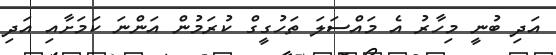
އަދި ބުނީ މިހާރު އެ މައްސަލަ ތަހުގީގް ކުރަމުން އަންނަ ކަމަށާއި އަދި